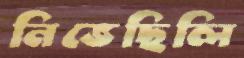
নিভেছিলি